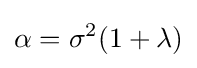
\alpha =\sigma ^{2}(1+\lambda )